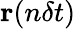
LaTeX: \textbf{r}(n\delta t)